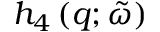
h _ { 4 } \left( q ; \tilde { \omega } \right)